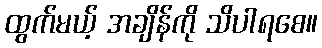
ထွက်မယ့် အချိန်ကို သိပါရစေ။